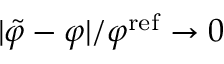
| \tilde { \varphi } - \varphi | / \varphi ^ { \mathrm { r e f } } \to 0